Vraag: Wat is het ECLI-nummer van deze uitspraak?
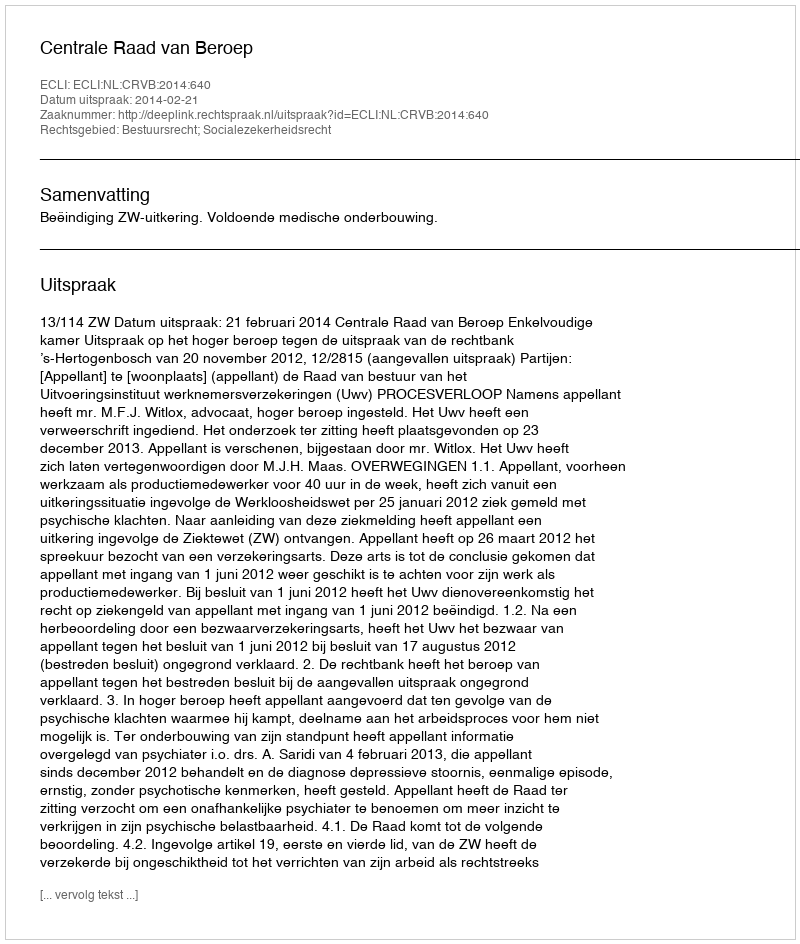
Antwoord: ECLI:NL:CRVB:2014:640